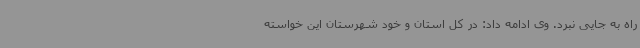
راه به جایی نبرد. وی ادامه داد: در کل استان و خود شهرستان این خواسته